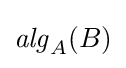
{\mathit {alg}}_{A}(B)